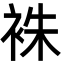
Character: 袾